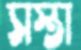
সস্তা